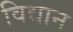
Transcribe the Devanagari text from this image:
विद्यान